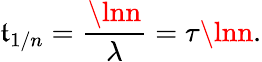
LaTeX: \mathfrak{t}_{1/n}={\frac{{\lnn}}{{\lambda}}}=\tau\lnn.